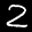
Label: 2